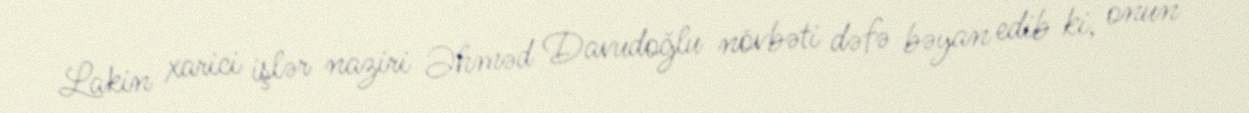
Lakin xarici işlər naziri Əhməd Davudoğlu növbəti dəfə bəyan edib ki, onun